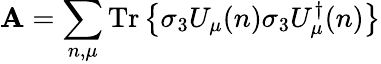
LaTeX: \mathbf{A}=\sum_{n,\mu}\mathrm{{Tr}}\left\{ \sigma_{3}U_{\mu}(n)\sigma_{3}U_{\mu}^{\dagger}(n)\right\}